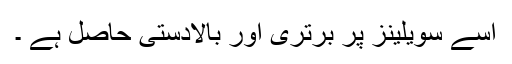
اسے سویلینز پر برتری اور بالادستی حاصل ہے ۔